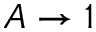
A \to 1